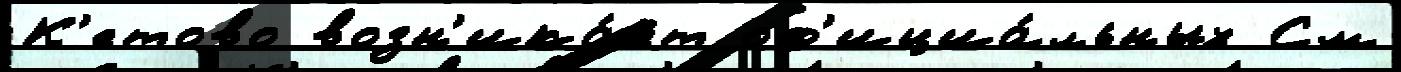
К'етово возн'ика́ет оф'ициа́льных См